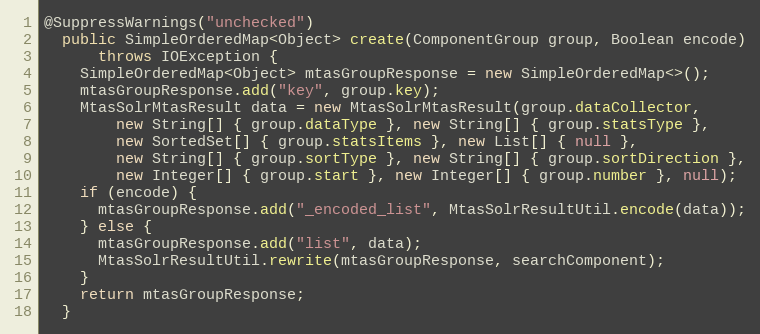
Language: Java
@SuppressWarnings("unchecked")
  public SimpleOrderedMap<Object> create(ComponentGroup group, Boolean encode)
      throws IOException {
    SimpleOrderedMap<Object> mtasGroupResponse = new SimpleOrderedMap<>();
    mtasGroupResponse.add("key", group.key);
    MtasSolrMtasResult data = new MtasSolrMtasResult(group.dataCollector,
        new String[] { group.dataType }, new String[] { group.statsType },
        new SortedSet[] { group.statsItems }, new List[] { null },
        new String[] { group.sortType }, new String[] { group.sortDirection },
        new Integer[] { group.start }, new Integer[] { group.number }, null);
    if (encode) {
      mtasGroupResponse.add("_encoded_list", MtasSolrResultUtil.encode(data));
    } else {
      mtasGroupResponse.add("list", data);
      MtasSolrResultUtil.rewrite(mtasGroupResponse, searchComponent);
    }
    return mtasGroupResponse;
  }